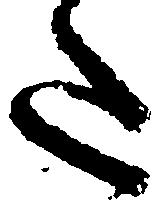
た